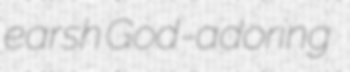
earsh God-adoring